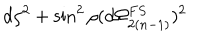
LaTeX: d \rho ^ { 2 } + \sin ^ { 2 } \rho ( d \Omega _ { 2 ( n - 1 ) } ^ { F S } ) ^ { 2 }